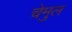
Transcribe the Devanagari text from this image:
चेमुल